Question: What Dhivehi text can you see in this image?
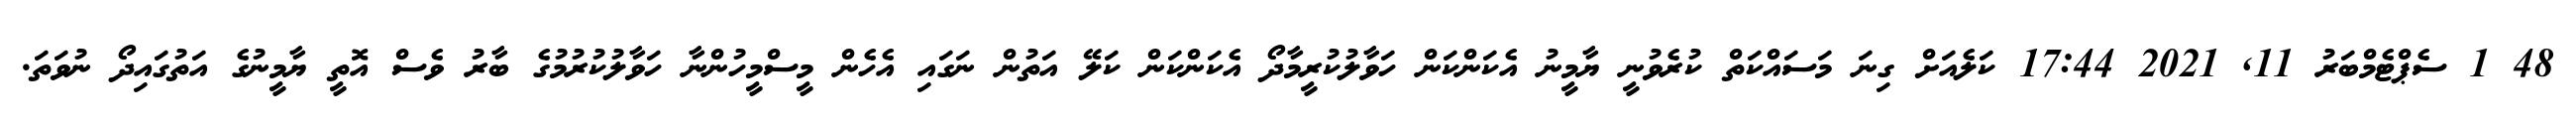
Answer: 48 1 ސެޕްޓެމްބަރު 11, 2021 17:44 ކަލެއަށް ގިނަ މަސައްކަތް ކުރެވުނީ ޔާމީނު އެކަންކަން ހަވާލުކުރީމާދޯ އެކަންކަން ކަލޭ އަތުން ނަގައި އެހެން މީސްމީހުންނާ ހަވާލުކުރުމުގެ ބާރު ވެސް އޮތީ ޔާމީނުގެ އަތުގައިދޯ ނުވަތަ.